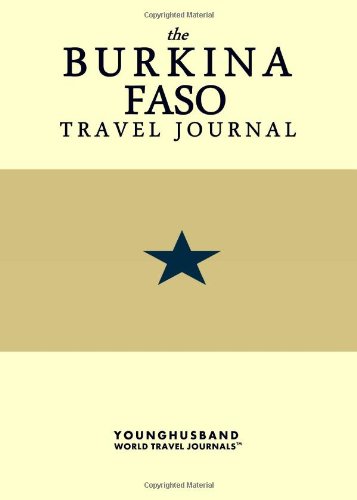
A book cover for The Burkina Faso Travel Journal; Younghusband World Travel Journals; Travel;